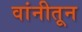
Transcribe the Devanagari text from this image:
वांनीतून